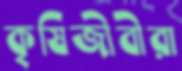
কৃষিজীবীরা